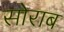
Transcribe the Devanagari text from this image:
सोराब